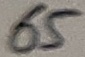
Text: 65